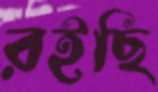
রইছি